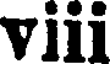
viii